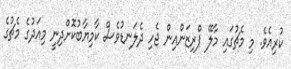
ކުރިއެވެ. މި މެޗުގައި މާލޭ ޕްރިޒަންއިން ޖެހި ދެލަނޑުވެސް ކާމިޔާބުކޮށްދިނީ މިއަދުގެ މެޗުގެ